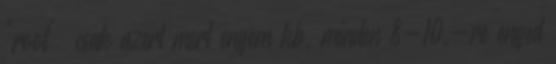
"root" csak azert mert engem kb. minden 8-10.-re enged